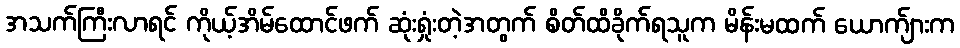
အသက်ကြီးလာရင် ကိုယ့်အိမ်ထောင်ဖက် ဆုံးရှုံးတဲ့အတွက် စိတ်ထိခိုက်ရသူက မိန်းမထက် ယောက်ျားက